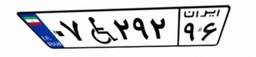
۰۷W۲۹۲۹۶